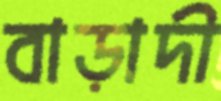
বাড়াদী